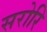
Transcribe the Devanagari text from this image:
सरोरि